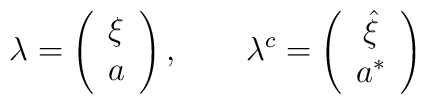
\lambda = \left(             \begin{array}{c}             \xi \\ a             \end{array}                    \right) ,~~~~~~                    \lambda^{c} = \left(             \begin{array}{c}             \hat{\xi} \\ a^{*}             \end{array}                    \right)